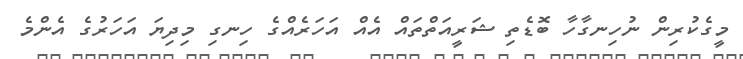
މީގެކުރިން ނުހިނގާހާ ބޮޑެތި ޝަރީއަތްތައް އެއް އަހަރެއްގެ ހިނގި މިދިޔަ އަހަރުގެ އެންމެ